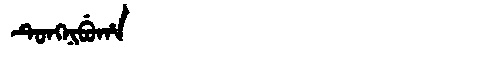
Manchu: ᡨᡠᠩᠨᡳᠪᡠᡥᠠ
Romanization: TUNGNIBUHA